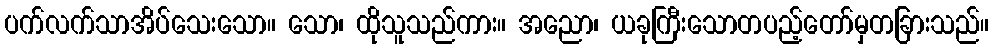
ပက်လက်သာအိပ်သေးသော။ သော၊ ထိုသူသည်ကား။ အညော၊ ယခုကြီးသောတပည့်တော်မှတခြားသည်။